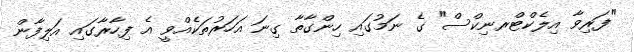
"ފަރިވާ އިލެކްޓްރނިކްސް" ގެ ނަމުގައި ހިންގާތާ ގިނަ އަހަރުތަކެއްވީ އެ ފިހާރާގައި އަލިފާން